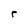
Character: r